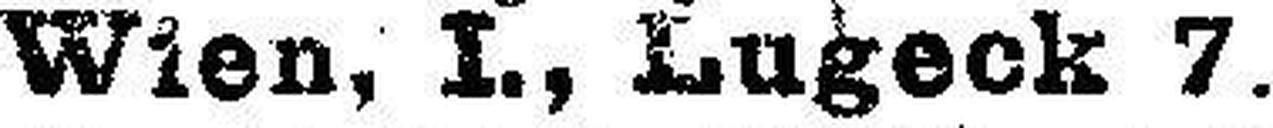
Wien, I., Lugeck 7.